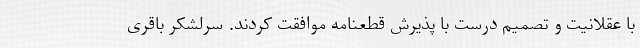
با عقلانیت و تصمیم درست با پذیرش قطعنامه موافقت کردند. سرلشکر باقری